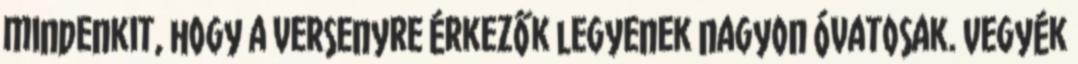
mindenkit, hogy a versenyre érkezők legyenek nagyon óvatosak. Vegyék